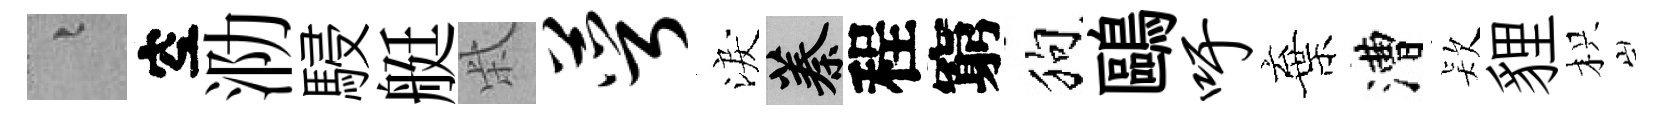
融空泐駸艇柴萼淚蓁程窮狗鷗吁棄漕𣣇貍枳